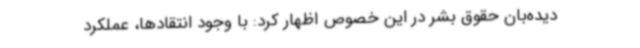
دیده‌بان حقوق بشر در این خصوص اظهار کرد: با وجود انتقادها، عملکرد